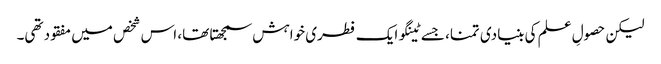
لیکن حصولِ علم کی بنیادی تمنا، جسے ٹینگو ایک فطری خواہش سمجھتا تھا، اس شخص میں مفقود تھی۔